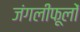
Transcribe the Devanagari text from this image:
जंगलीफूलों